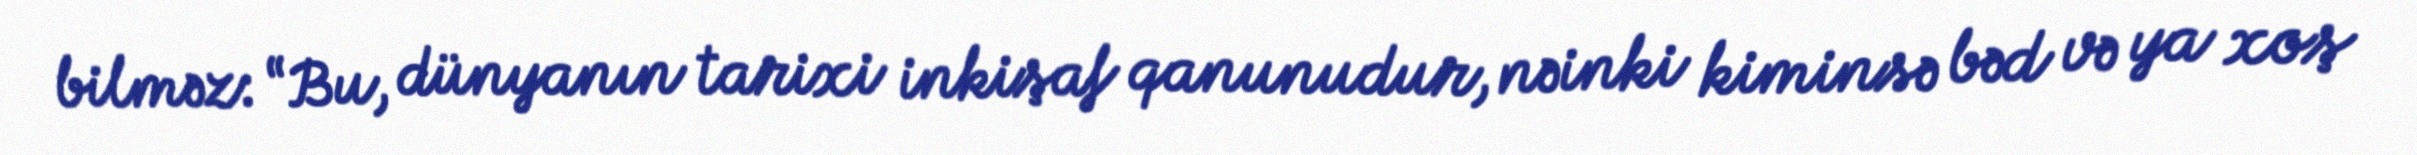
bilməz: “Bu, dünyanın tarixi inkişaf qanunudur, nəinki kiminsə bəd və ya xoş